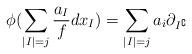
LaTeX: \begin{align*}\phi(\sum_{\mid I \mid = j} \frac{a_{I}}{f} dx_{I}) = \sum_{\mid I \mid = j} a_{i} \partial_{I^{\complement}}\end{align*}